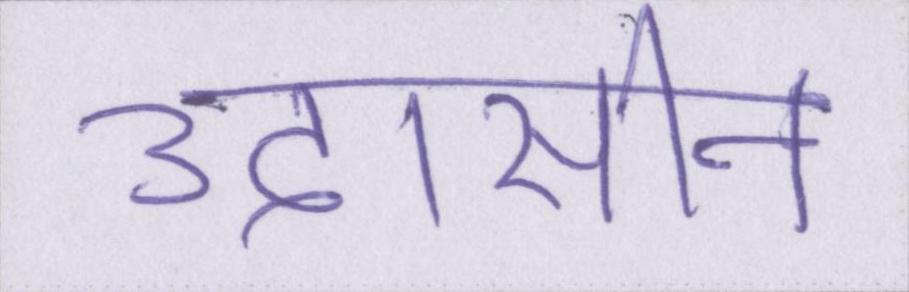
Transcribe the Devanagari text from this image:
उदासीन